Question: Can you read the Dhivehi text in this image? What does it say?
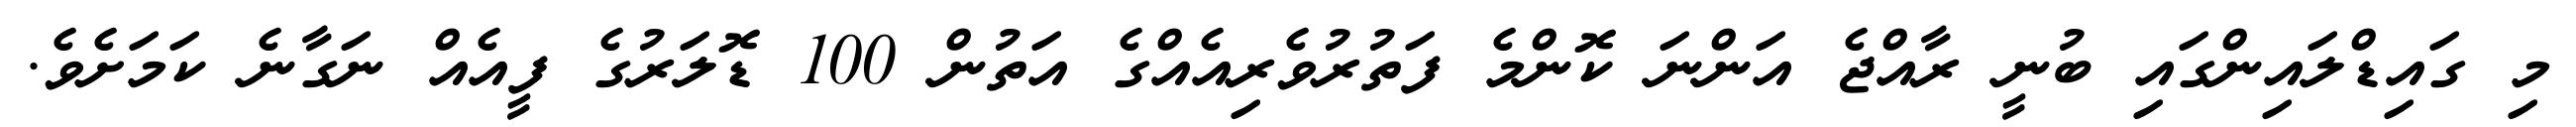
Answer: މި ގައިޑްލައިންގައި ބުނީ ރާއްޖެ އަންނަ ކޮންމެ ފަތުރުވެރިއެއްގެ އަތުން 100 ޑޮލަރުގެ ފީއެއް ނަގާނެ ކަމަށެވެ.